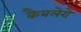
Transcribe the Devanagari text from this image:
कैबलेरो